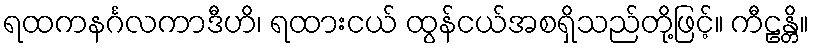
ရထကနင်္ဂလကာဒီဟိ၊ ရထားငယ် ထွန်ငယ်အစရှိသည်တို့ဖြင့်။ ကီဠန္တိ။